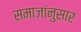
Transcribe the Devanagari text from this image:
समाजांनुसार